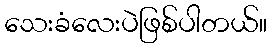
သေးခံလေးပဲဖြစ်ပါတယ်။